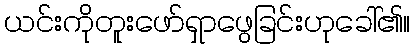
ယင်းကိုတူးဖော်ရှာဖွေခြင်းဟုခေါ်၏။